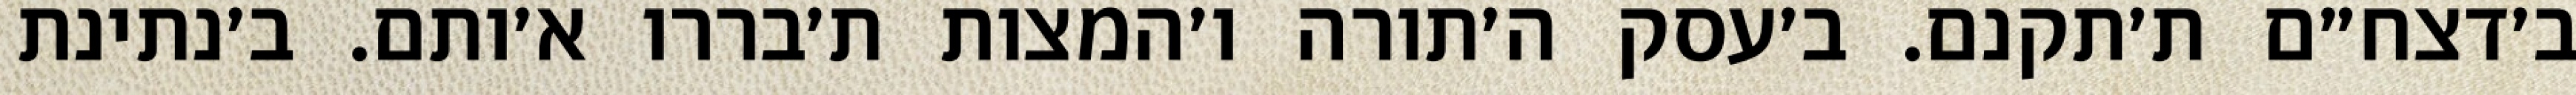
ב׳דצח״ם ת׳תקנם. ב׳עסק ה׳תורה ו׳המצות ת׳בררו א׳ותם. ב׳נתינת